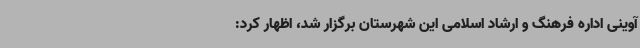
آوینی اداره فرهنگ و ارشاد اسلامی این شهرستان برگزار شد، اظهار کرد: